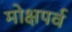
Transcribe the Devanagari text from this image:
मोक्षपर्व